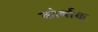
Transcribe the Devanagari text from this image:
कोर्बाक